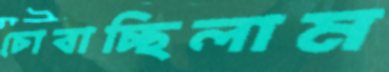
চোবাচ্ছিলাম